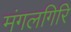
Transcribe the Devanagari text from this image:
मंगलगिरि